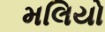
મલિયો